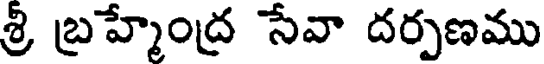
శ్రీ బ్రహ్మేంద్ర సేవా దర్పణము